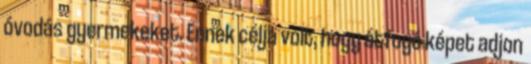
óvodás gyermekeket. Ennek célja volt, hogy átfogó képet adjon